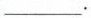
___.